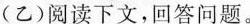
(乙)阅读下文，回答问题。